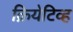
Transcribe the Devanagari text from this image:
क्रियेटिव्ह